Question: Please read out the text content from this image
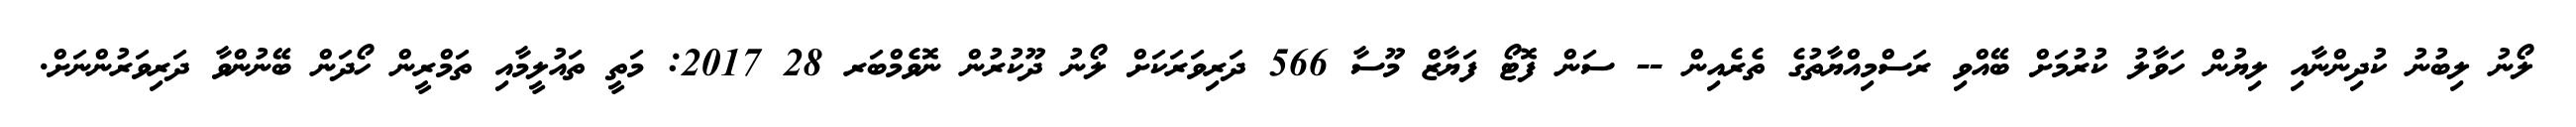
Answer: ލޯނު ލިބުނު ކުދިންނާއި ލިޔުން ހަވާލު ކުރުމަށް ބޭއްވި ރަސްމިއްޔާތުގެ ތެރެއިން -- ސަން ފޮޓޯ ފަޔާޒް މޫސާ 566 ދަރިވަރަކަށް ލޯނު ދޫކުރުން ނޮވެމްބަރ 28 2017: މަތީ ތައުލީމާއި ތަމްރީން ހޯދަން ބޭނުންވާ ދަރިވަރުންނަށް.